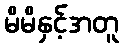
မိမိနှင့်အတူ